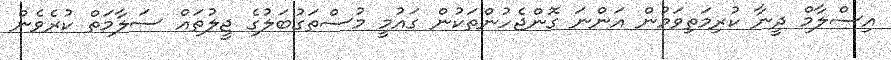
އިސްލާމް ދީނާ ކުރިމަތިވަމުން އަންނަ ގޮންޖެހުންތަކުން ގައުމީ މުސްތަގުބަލުގެ ޖީލުތައް ސަލާމަތް ކުރެވެން